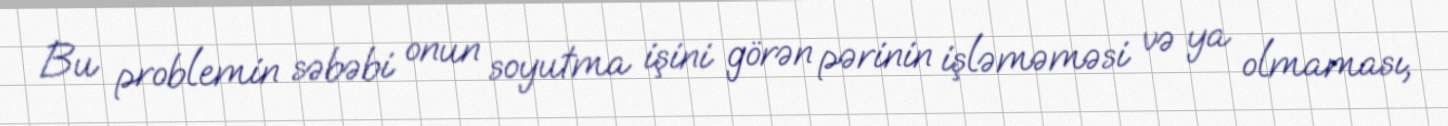
Bu problemin səbəbi onun soyutma işini görən pərinin işləməməsi və ya olmaması,